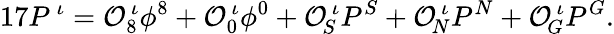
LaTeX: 17P^{\, \iota}={\cal O}_{8}^{\, \iota}\phi^{8}+{\cal O}_{0}^{\, \iota}\phi^{0}+{\cal O}_{\! S}^{\, \iota}P^{S}+{\cal O}_{\! N}^{\, \iota}P^{N}+{\cal O}_{\! G}^{\, \iota}P^{G}.